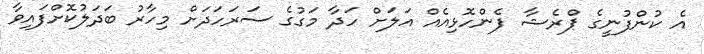
އެ ކުންފުނީގެ ޕްރެޝާ ފެންހޮޅިއެއް އަލަށް ހަދާ މަގުގެ ސަރަހަދަށް މިހާރު ބަދަލުކޮށްފައިވާ